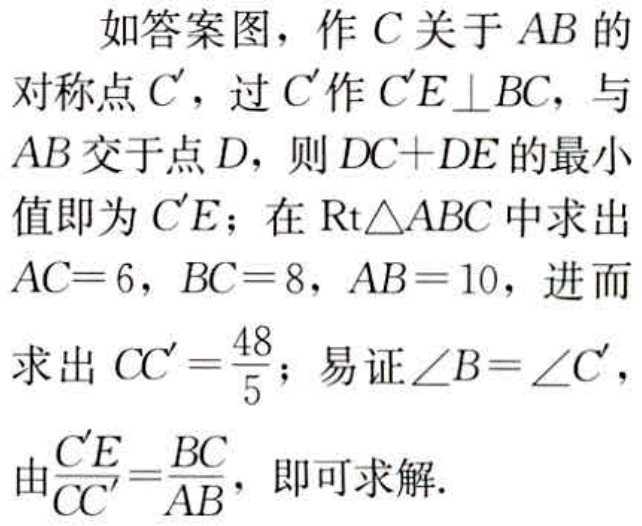
如答案图，作 \(C\) 关于 \(AB\) 的对称点 \(C'\)，过 \(C'\) 作 \(C'E\perp BC\)，与 \(AB\) 交于点 \(D\)，则 \(DC + DE\) 的最小值即为 \(C'E\)；在 \(\text{Rt}\triangle ABC\) 中求出 \(AC = 6\)，\(BC = 8\)，\(AB = 10\)，进而求出 \(CC'=\frac{48}{5}\)；易证 \(\angle B=\angle C'\)，由 \(\frac{C'E}{CC'}=\frac{BC}{AB}\)，即可求解.